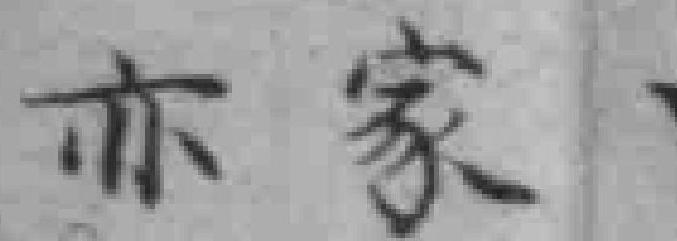
亦家